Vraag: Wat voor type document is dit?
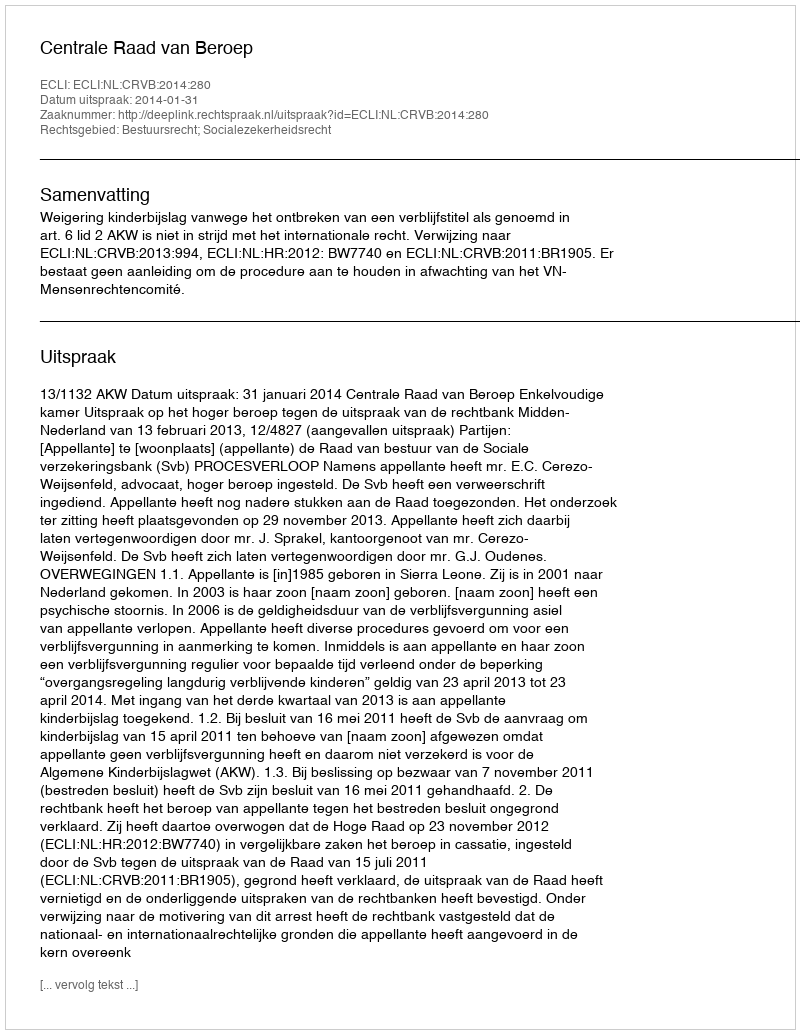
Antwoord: Uitspraak